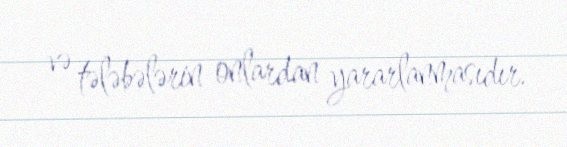
və tələbələrin onlardan yararlanmasıdır.